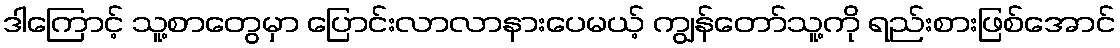
ဒါကြောင့် သူ့စာတွေမှာ ပြောင်းလာလာနားပေမယ့် ကျွန်တော်သူ့ကို ရည်းစားဖြစ်အောင်